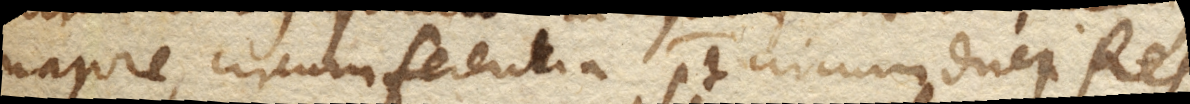
majore, circumferentia potest circumduci. Res